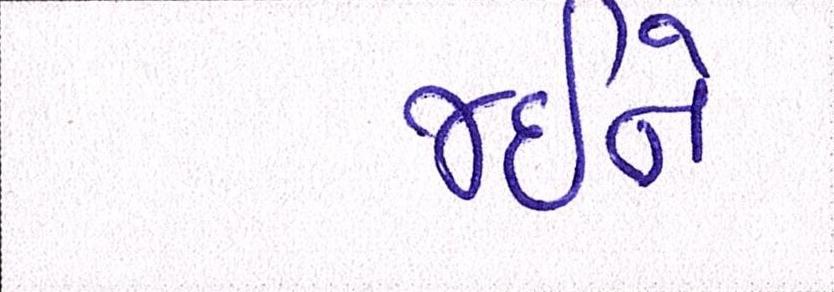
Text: જઈને